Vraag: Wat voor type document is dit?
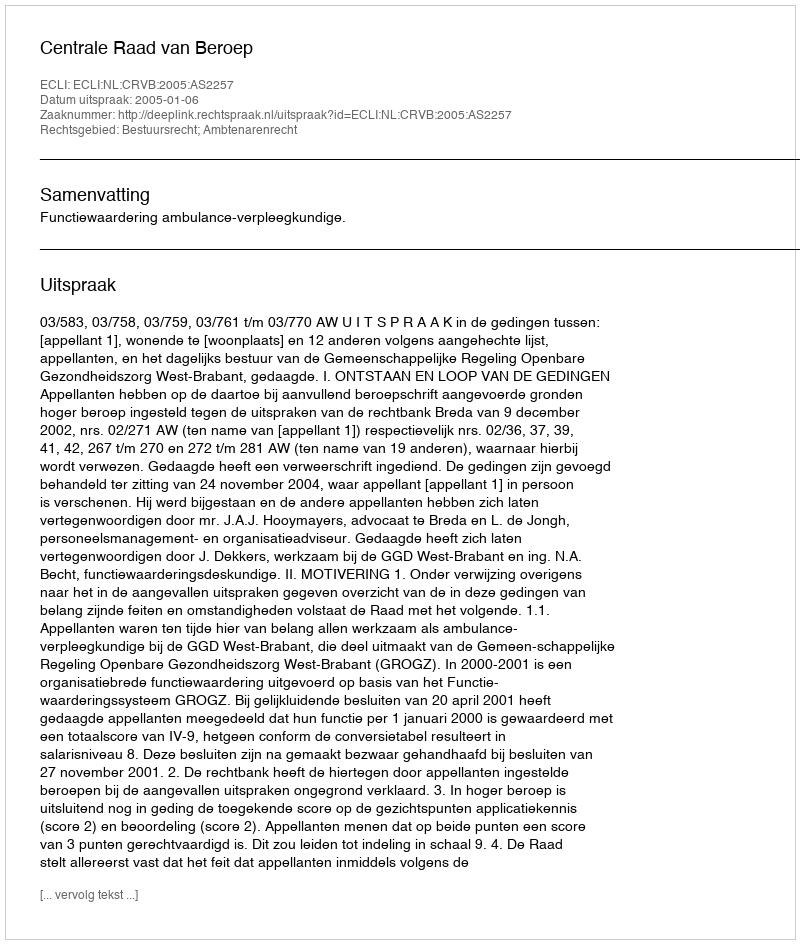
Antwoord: Uitspraak